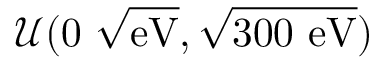
\mathcal { U } ( 0 ~ \sqrt { \mathrm { e V } } , \sqrt { 3 0 0 ~ \mathrm { e V } } )